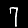
Digit: 7